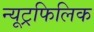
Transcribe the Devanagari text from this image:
न्यूट्रफिलिक